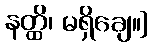
နတ္ထိ၊ မရှိချေ။]